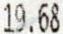
19.68